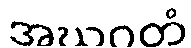
အဃဂတံ